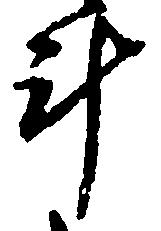
斗